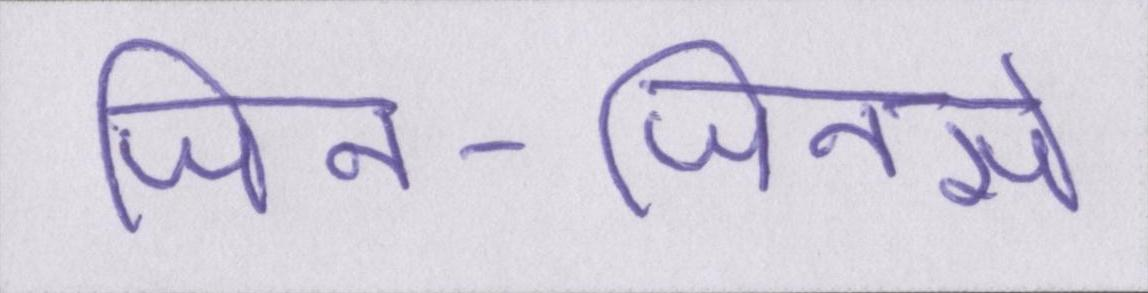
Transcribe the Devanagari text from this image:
जिन-जिनसे